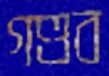
গণ্ডব